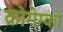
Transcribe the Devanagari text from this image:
क्रोमेम्को